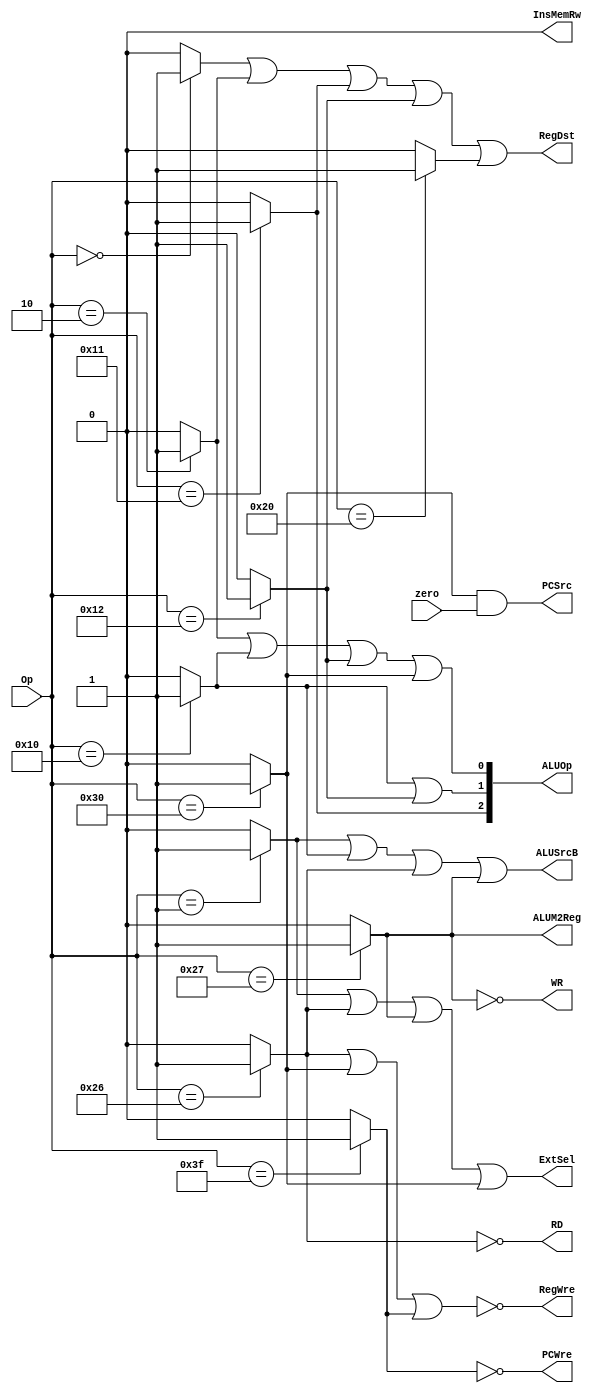
`timescale 1ns / 1ps

module ControlUnit(
	input [5:0]Op, 
	input zero, 
	output PCWre, 
	output ALUSrcB, 
	output ALUM2Reg, 
	output RegWre,
	output InsMemRw, 
	output RD, 
	output WR, 
	output ExtSel, 
	output RegDst, 
	output [2:0] ALUOp, 
	output PCSrc
    );
	parameter _add=6'b000000, _addi=6'b000001, _sub=6'b000010, _ori=6'b010000,
				 _and=6'b010001, _or=6'b010010, _move=6'b100000, _sw=6'b100110,
				 _lw=6'b100111, _beq=6'b110000, _halt=6'b111111;
	
	reg ADD, ADDI, SUB, ORI, AND, OR, MOVE, SW, LW, BEQ, HALT;
	
	always@(Op) begin
		ADD = 0;
		ADDI = 0;
		SUB = 0;
		ORI = 0;
		AND = 0;
		OR = 0;
		MOVE = 0;
		SW = 0;
		LW = 0;
		BEQ = 0;
		HALT = 0;
		
		case(Op)
			_add: ADD = 1;
			_addi: ADDI = 1;
			_sub: SUB = 1;
			_ori: ORI = 1;
			_and: AND = 1;
			_or: OR = 1;
			_move: MOVE = 1;
			_sw: SW = 1;
			_lw: LW = 1;
			_beq: BEQ = 1;
			_halt: HALT = 1;
		endcase
	end
		
	assign PCWre = !HALT;
	assign ALUSrcB = ADDI || ORI || SW || LW;
	assign ALUM2Reg = LW;
	assign RegWre = !(SW || BEQ || HALT);
	assign InsMemRw = 0;
	assign RD = !SW;
	assign WR = !LW;
	assign ExtSel = ADDI || SW || LW || BEQ;
	assign RegDst = ADD || SUB || AND || OR || MOVE;
	assign ALUOp = {AND, ORI || OR, SUB || ORI || OR || BEQ};
	assign PCSrc = BEQ && zero;
	
endmodule